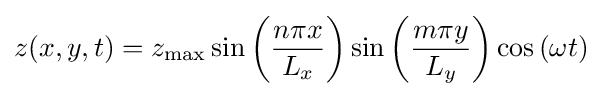
z(x,y,t)=z_{\text{max}}\sin \left({\frac {n\pi x}{L_{x}}}\right)\sin \left({\frac {m\pi y}{L_{y}}}\right)\cos \left(\omega t\right)